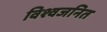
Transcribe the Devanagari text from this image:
विश्वजनित